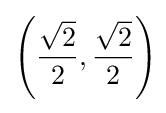
\left({\frac {\sqrt {2}}{2}},{\frac {\sqrt {2}}{2}}\right)\!